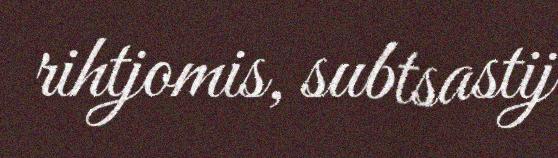
rihtjomis, subtsastij